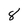
Character: 8